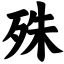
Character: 殊